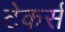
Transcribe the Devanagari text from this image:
टेकर्स